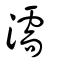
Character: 濡